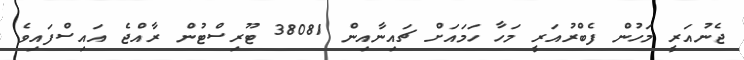
ޖެނުއަރީ މަހުން ފެބްރުއަރީ މަހާ ހަމައަށް ޗައިނާއިން 38081 ޓޫރިސްޓުން ރާއްޖެ އައިސްފައިވެ